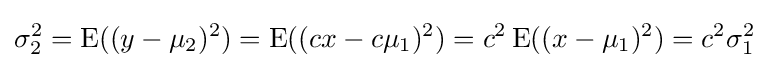
\sigma _{2}^{2}=\operatorname {E} ((y-\mu _{2})^{2})=\operatorname {E} ((cx-c\mu _{1})^{2})=c^{2}\operatorname {E} ((x-\mu _{1})^{2})=c^{2}\sigma _{1}^{2}